FBI Photo B20
Agency: FBI
Incident date: Late 2025
Incident location: Western United States
Page 1
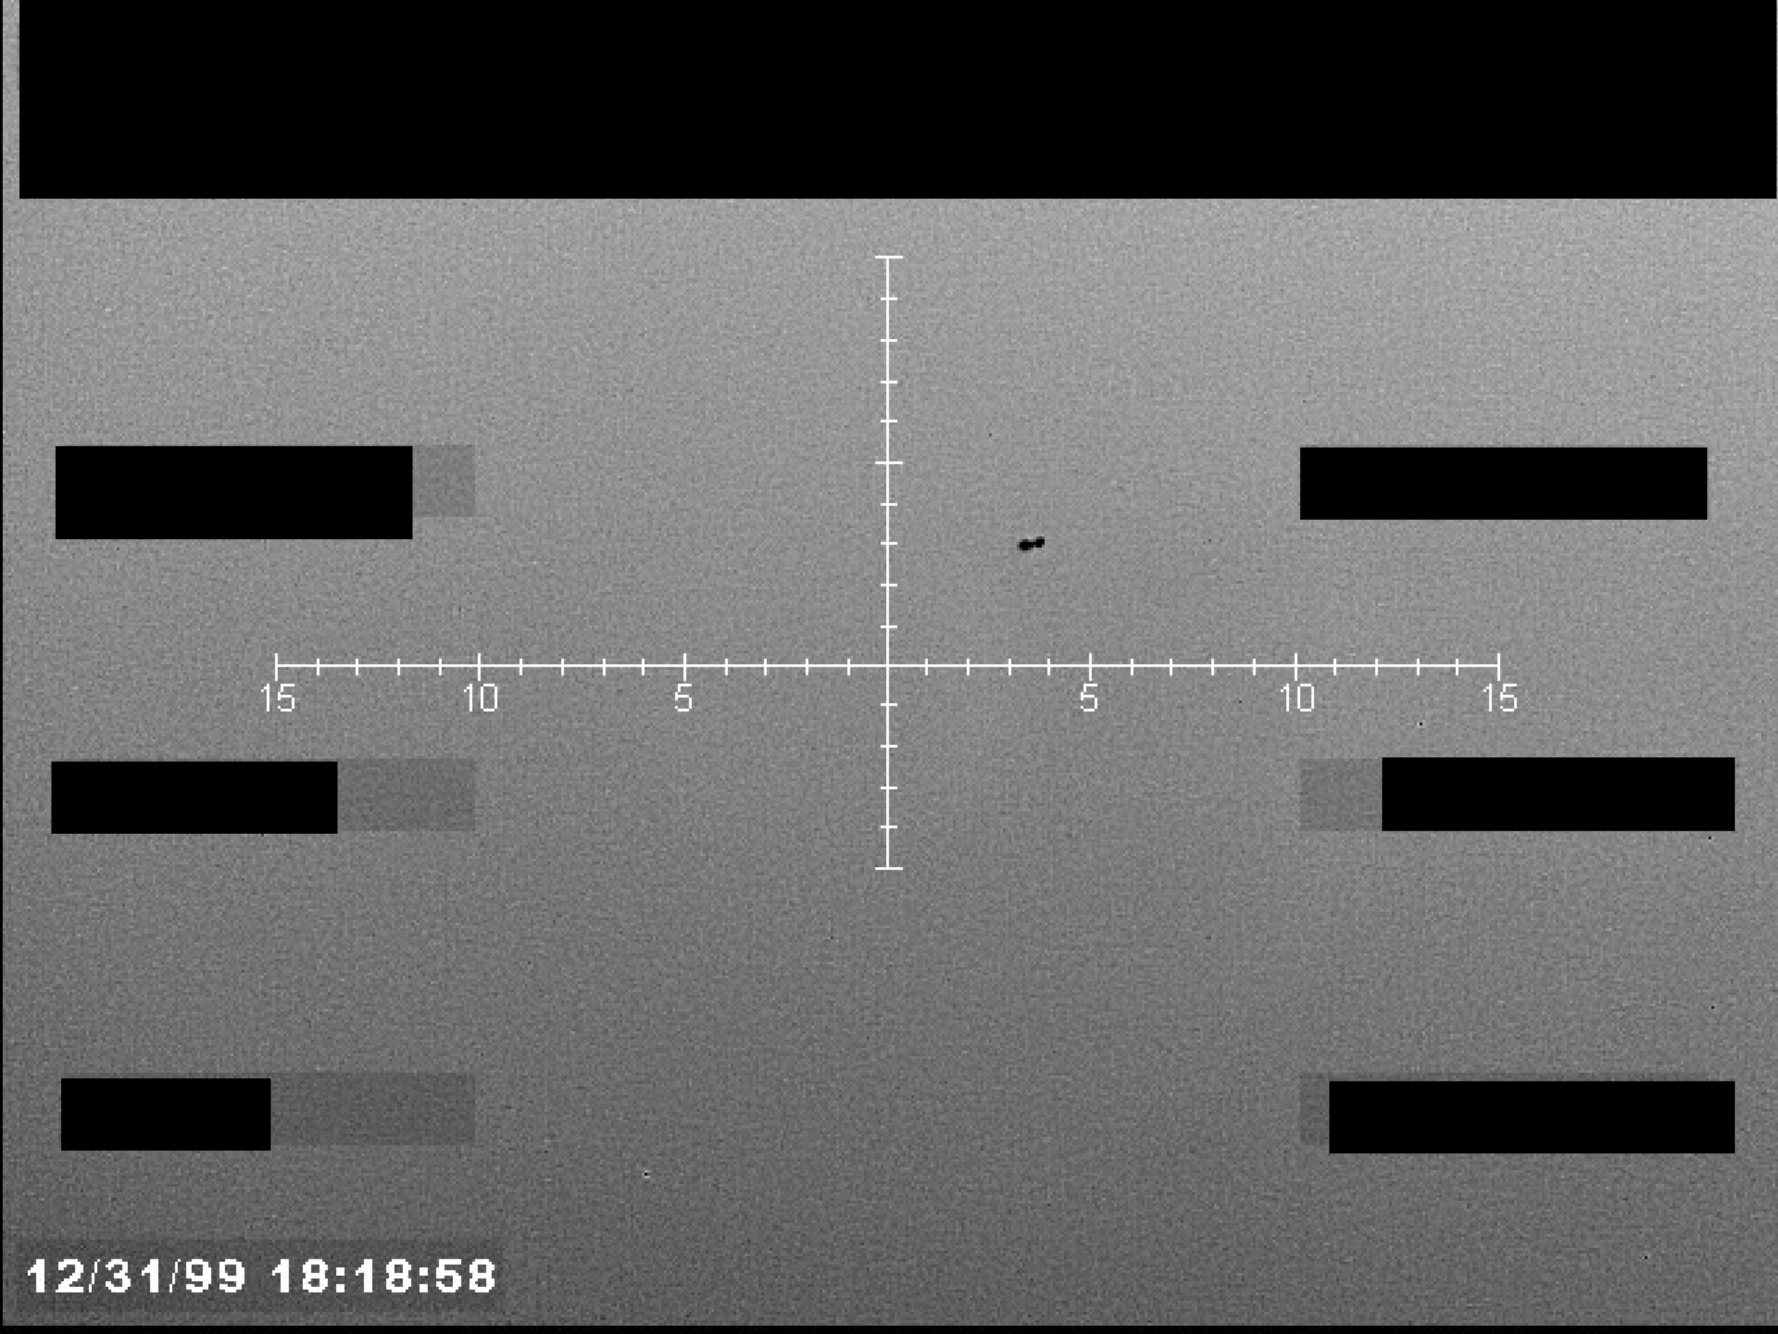